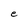
Character: e